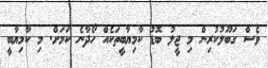
ވެސް ގަބޫލުކުރިން މި ޖީލު ބޮޑު ކާމިޔާބީތަކެއް ހޯދާނެ ކަމަށް. މި ކާމިޔާބީ